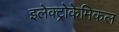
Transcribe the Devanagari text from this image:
इलेक्ट्रोकेमिकल